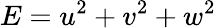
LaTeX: E=u^{2}+v^{2}+w^{2}